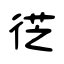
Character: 徔